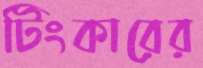
টিংকারের